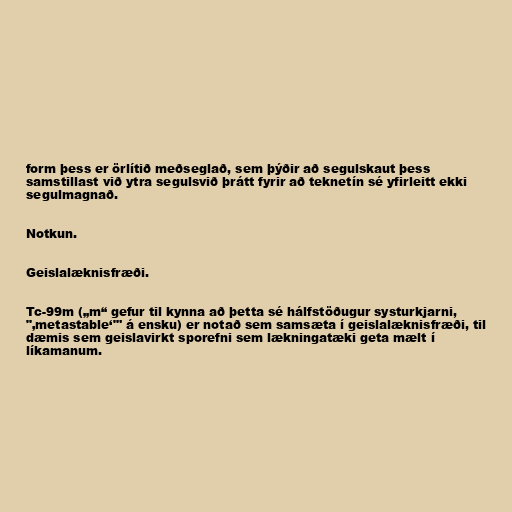
form þess er örlítið meðseglað, sem þýðir að segulskaut þess
samstillast við ytra segulsvið þrátt fyrir að teknetín sé yfirleitt ekki
segulmagnað.

Notkun.

Geislalæknisfræði.

Tc-99m („m“ gefur til kynna að þetta sé hálfstöðugur systurkjarni,
"‚metastable‘"' á ensku) er notað sem samsæta í geislalæknisfræði, til
dæmis sem geislavirkt sporefni sem lækningatæki geta mælt í
líkamanum.